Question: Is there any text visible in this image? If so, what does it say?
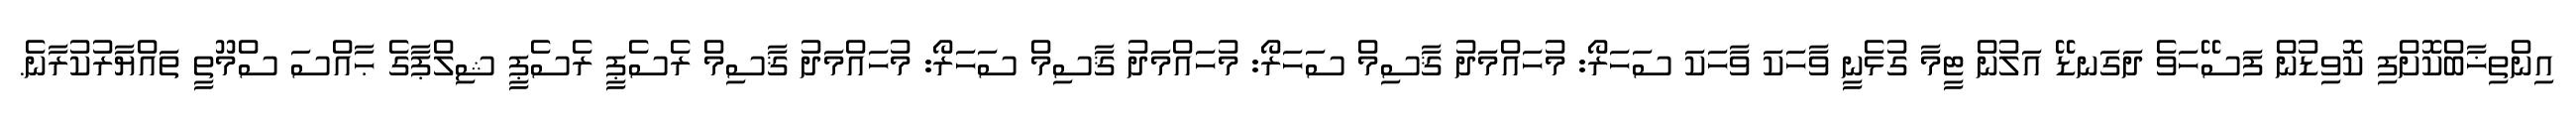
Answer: އިންތިޚާބްކޮށްފި ކޮވިޑުން ފަސޭހަވެ ދަގަނޑޭ އަލުން ޓީމާ ގުޅެނީ ވާހަކަ ވާހަކަ ސަހަރޯ: މުހައްމަދު ޤާސިމް ސަހަރޯ: މުހައްމަދު ޤާސިމް ސަހަރޯ: މުހައްމަދު ޤާސިމް ރެސެޕީ ރެސެޕީ ޝިލްޕާގެ ޙާއްސަ ސްމޫތީ ތައްޔާރުކުރާނެ.